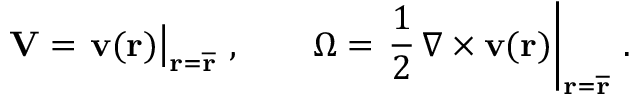
\mathbf { V } = \left. \mathbf { v } ( \mathbf { r } ) \right| _ { \mathbf { r } = \overline { { \mathbf { r } } } } \, , \qquad \boldsymbol { \Omega } = \left. \frac { 1 } { 2 } \, \nabla \times \mathbf { v } ( \mathbf { r } ) \right| _ { \mathbf { r } = \overline { { \mathbf { r } } } } \, .